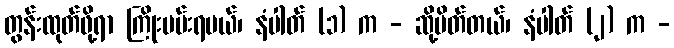
တွန်းထုတ်ဖို့ရာ ကြိုးပမ်းရမယ်၊ နံပါတ် (၁) က - ဆို့ပိတ်တယ်၊ နံပါတ် (၂) က -